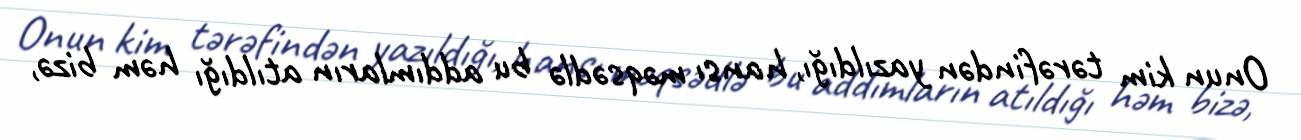
Onun kim tərəfindən yazıldığı, hansı məqsədlə bu addımların atıldığı həm bizə,